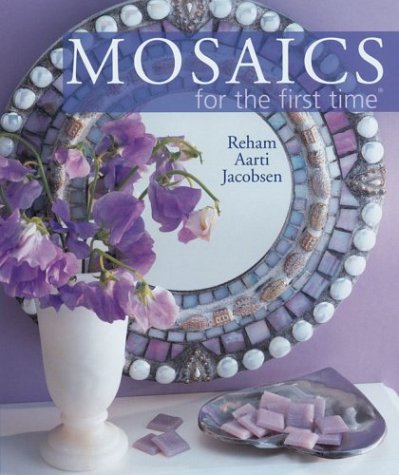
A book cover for Mosaics for the first time; Reham Aarti Jacobsen; Arts & Photography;